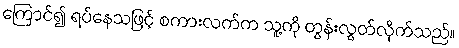
ကြောင်၍ ရပ်နေသဖြင့် စကားလက်က သူ့ကို တွန်းလွှတ်လိုက်သည်။